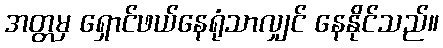
အတ္တမှ ရှောင်ဖယ်နေရုံသာလျှင် နေနိုင်သည်။